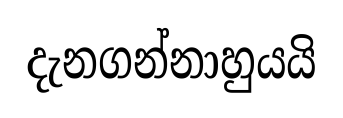
දැනගන්නාහුයයි